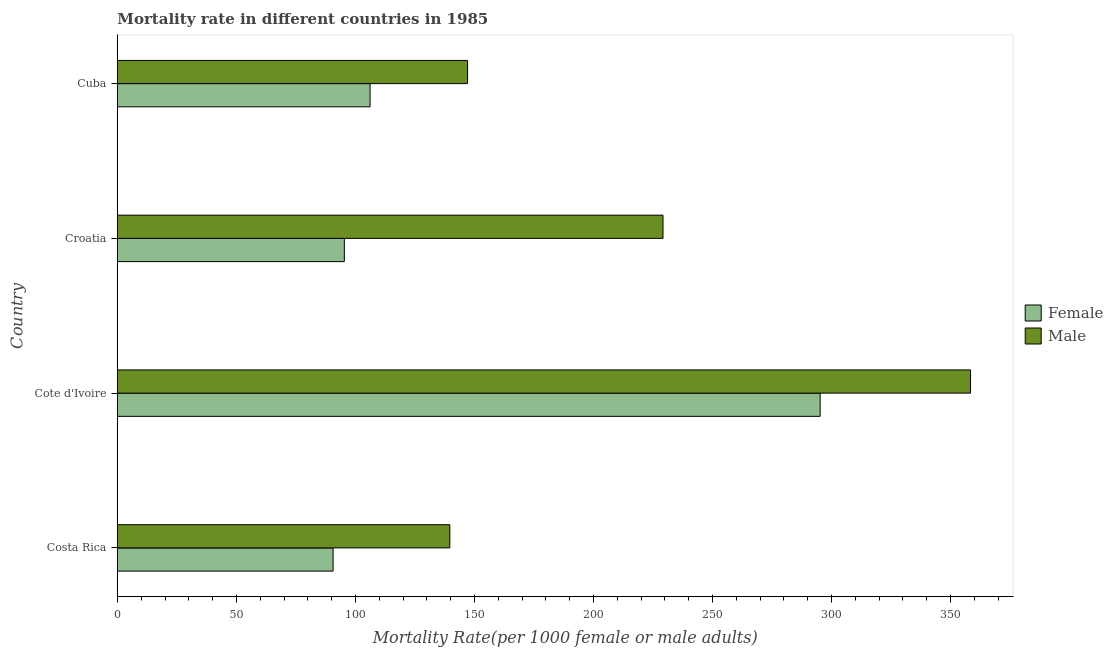
| Country | Female | Male |
 | --- | --- | --- |
 | Costa Rica | 90.6 | 140 |
 | Cote d'Ivoire | 295 | 358 |
 | Croatia | 95.3 | 229 |
 | Cuba | 106 | 147 |